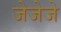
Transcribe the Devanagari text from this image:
जेजेजे